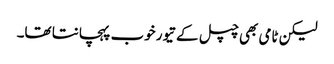
لیکن ٹامی بھی چپل کے تیور خوب پہچانتا تھا۔